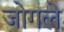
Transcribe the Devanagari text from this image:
जोगले